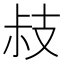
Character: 𢻃